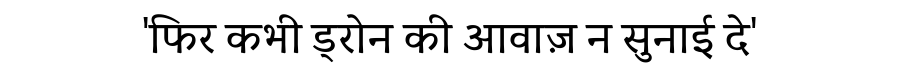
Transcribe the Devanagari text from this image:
'फिर कभी ड्रोन की आवाज़ न सुनाई दे'